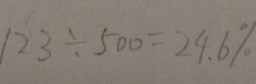
1 2 3 \div 5 0 0 = 2 4 . 6 \%